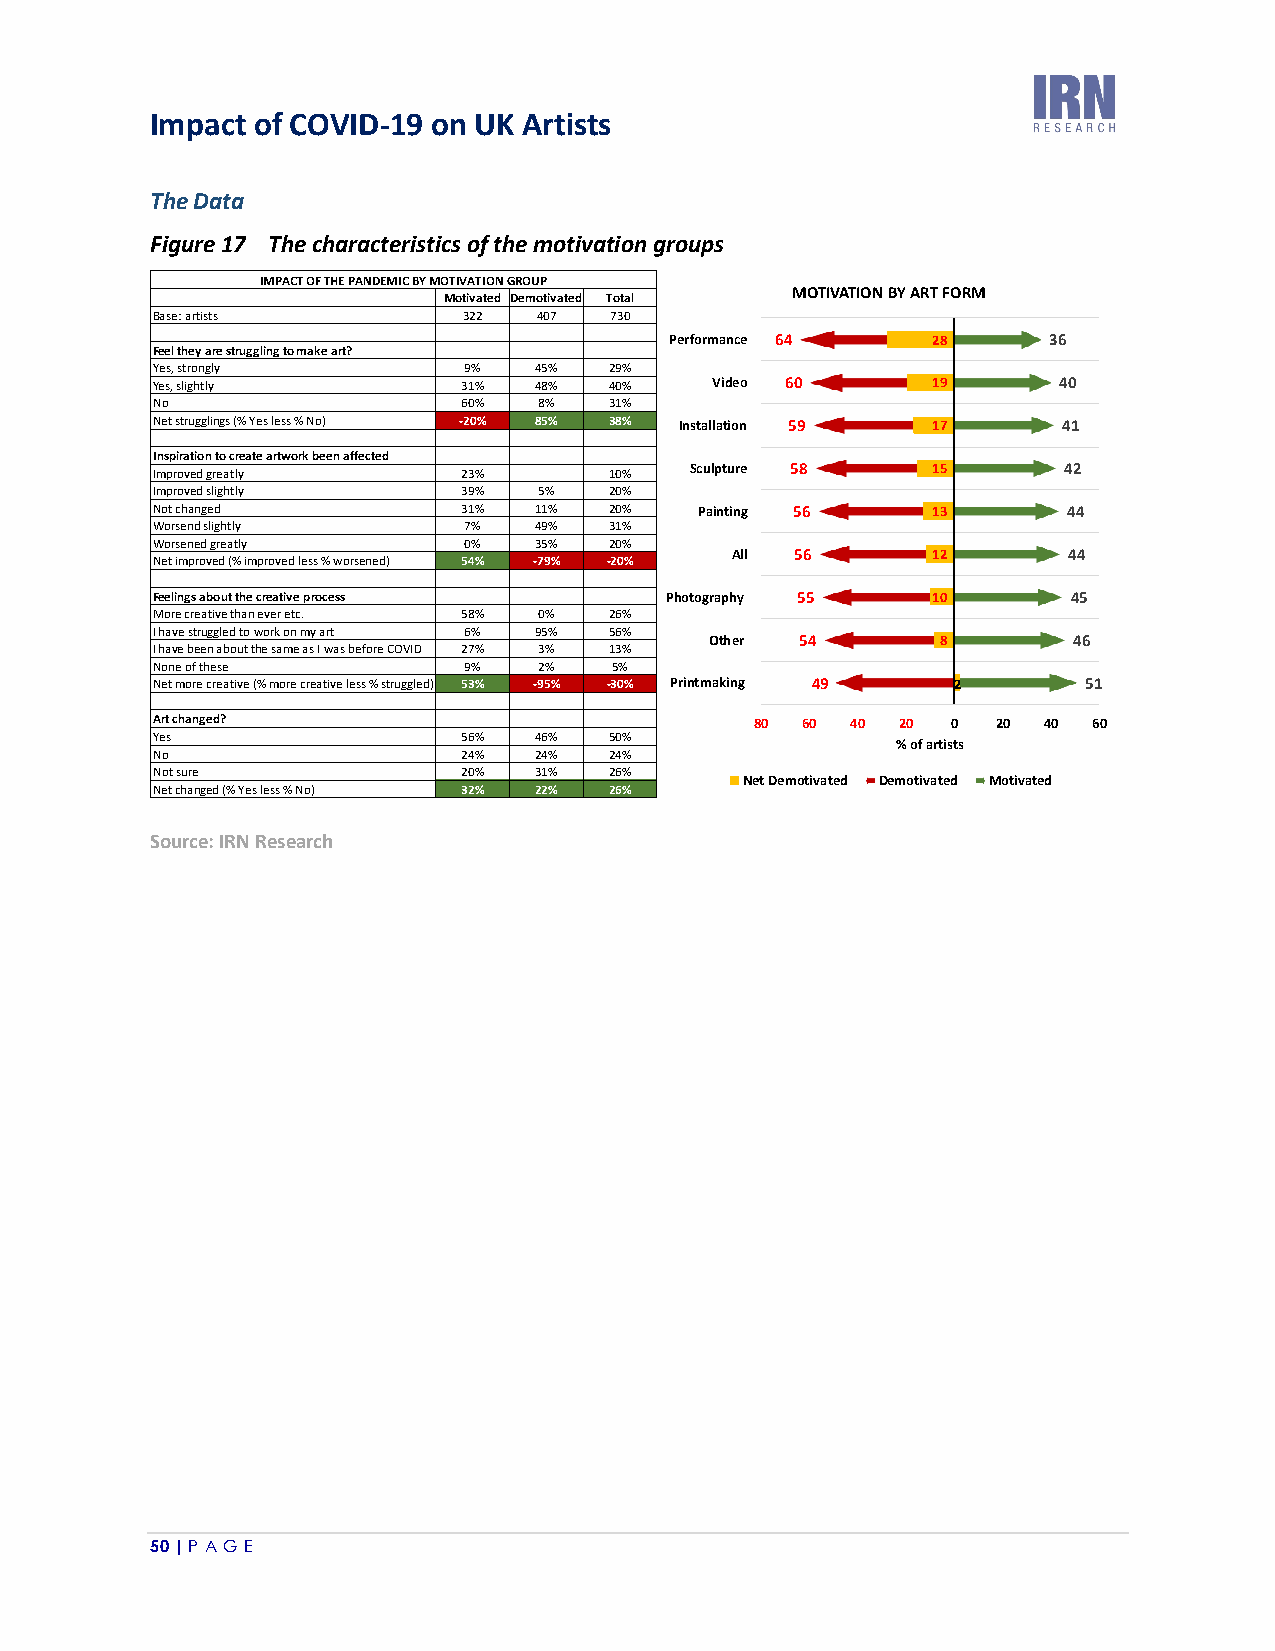
Impact of COVID-19 on UK Artists
 The Data
 Figure 17 The characteristics of the motivation groups
 IMPACT OF THE PANDEMIC BY MOTIVATION GROUP
 MOTIVATION BY ART FORM
 Motivated Demotivated Total
 Base: artists        322  407 730
 Performance 64    28     36
 Feel they are struggling to make art?
 Yes, strongly        9%  45%  29%
 Yes, slightly        31% 48%  40%    Video 60       19      40
 No                   60%  8%  31%
 Net strugglings (% Yes less % No) -20% 85% 38% Installation 59 17 41
 Inspiration to create artwork been affected
 Improved greatly     23%      10%   Sculpture 58    15      42
 Improved slightly    39%  5%  20%
 Not changed          31% 11%  20%   Painting 56     13       44
 Worsend slightly     7%  49%  31%
 Worsened greatly     0%  35%  20%
 All  56       12       44
 Net improved (% improved less % worsened) 54% -79% -20%
 Feelings about the creative process Photography 55  10       45
 More creative than ever etc. 58% 0% 26%
 I have struggled to work on my art 6% 95% 56%
 Other 54       8        46
 I have been about the same as I was before COVID 27% 3% 13%
 None of these        9%   2%   5%
 Net more creative (% more creative less % struggled) 53% -95% -30% Printmaking 49 2 51
 Art changed?                            80 60 40  20 0  20 40 60
 Yes                  56% 46%  50%
 % of artists
 No                   24% 24%  24%
 Not sure             20% 31%  26%
 Net Demotivated Demotivated Motivated
 Net changed (% Yes less % No) 32% 22% 26%
 Source: IRN Research
 50 | P A GE